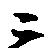
ニ